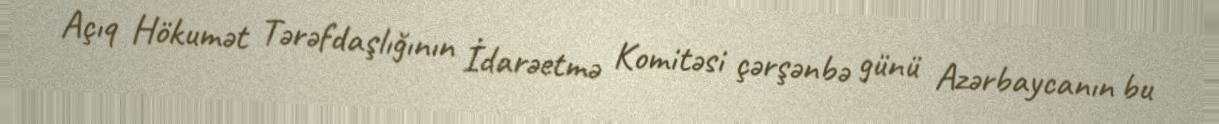
Açıq Hökumət Tərəfdaşlığının İdarəetmə Komitəsi çərşənbə günü Azərbaycanın bu